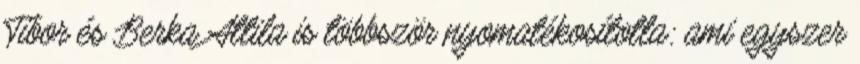
Tibor és Berka Attila is többször nyomatékosította: ami egyszer